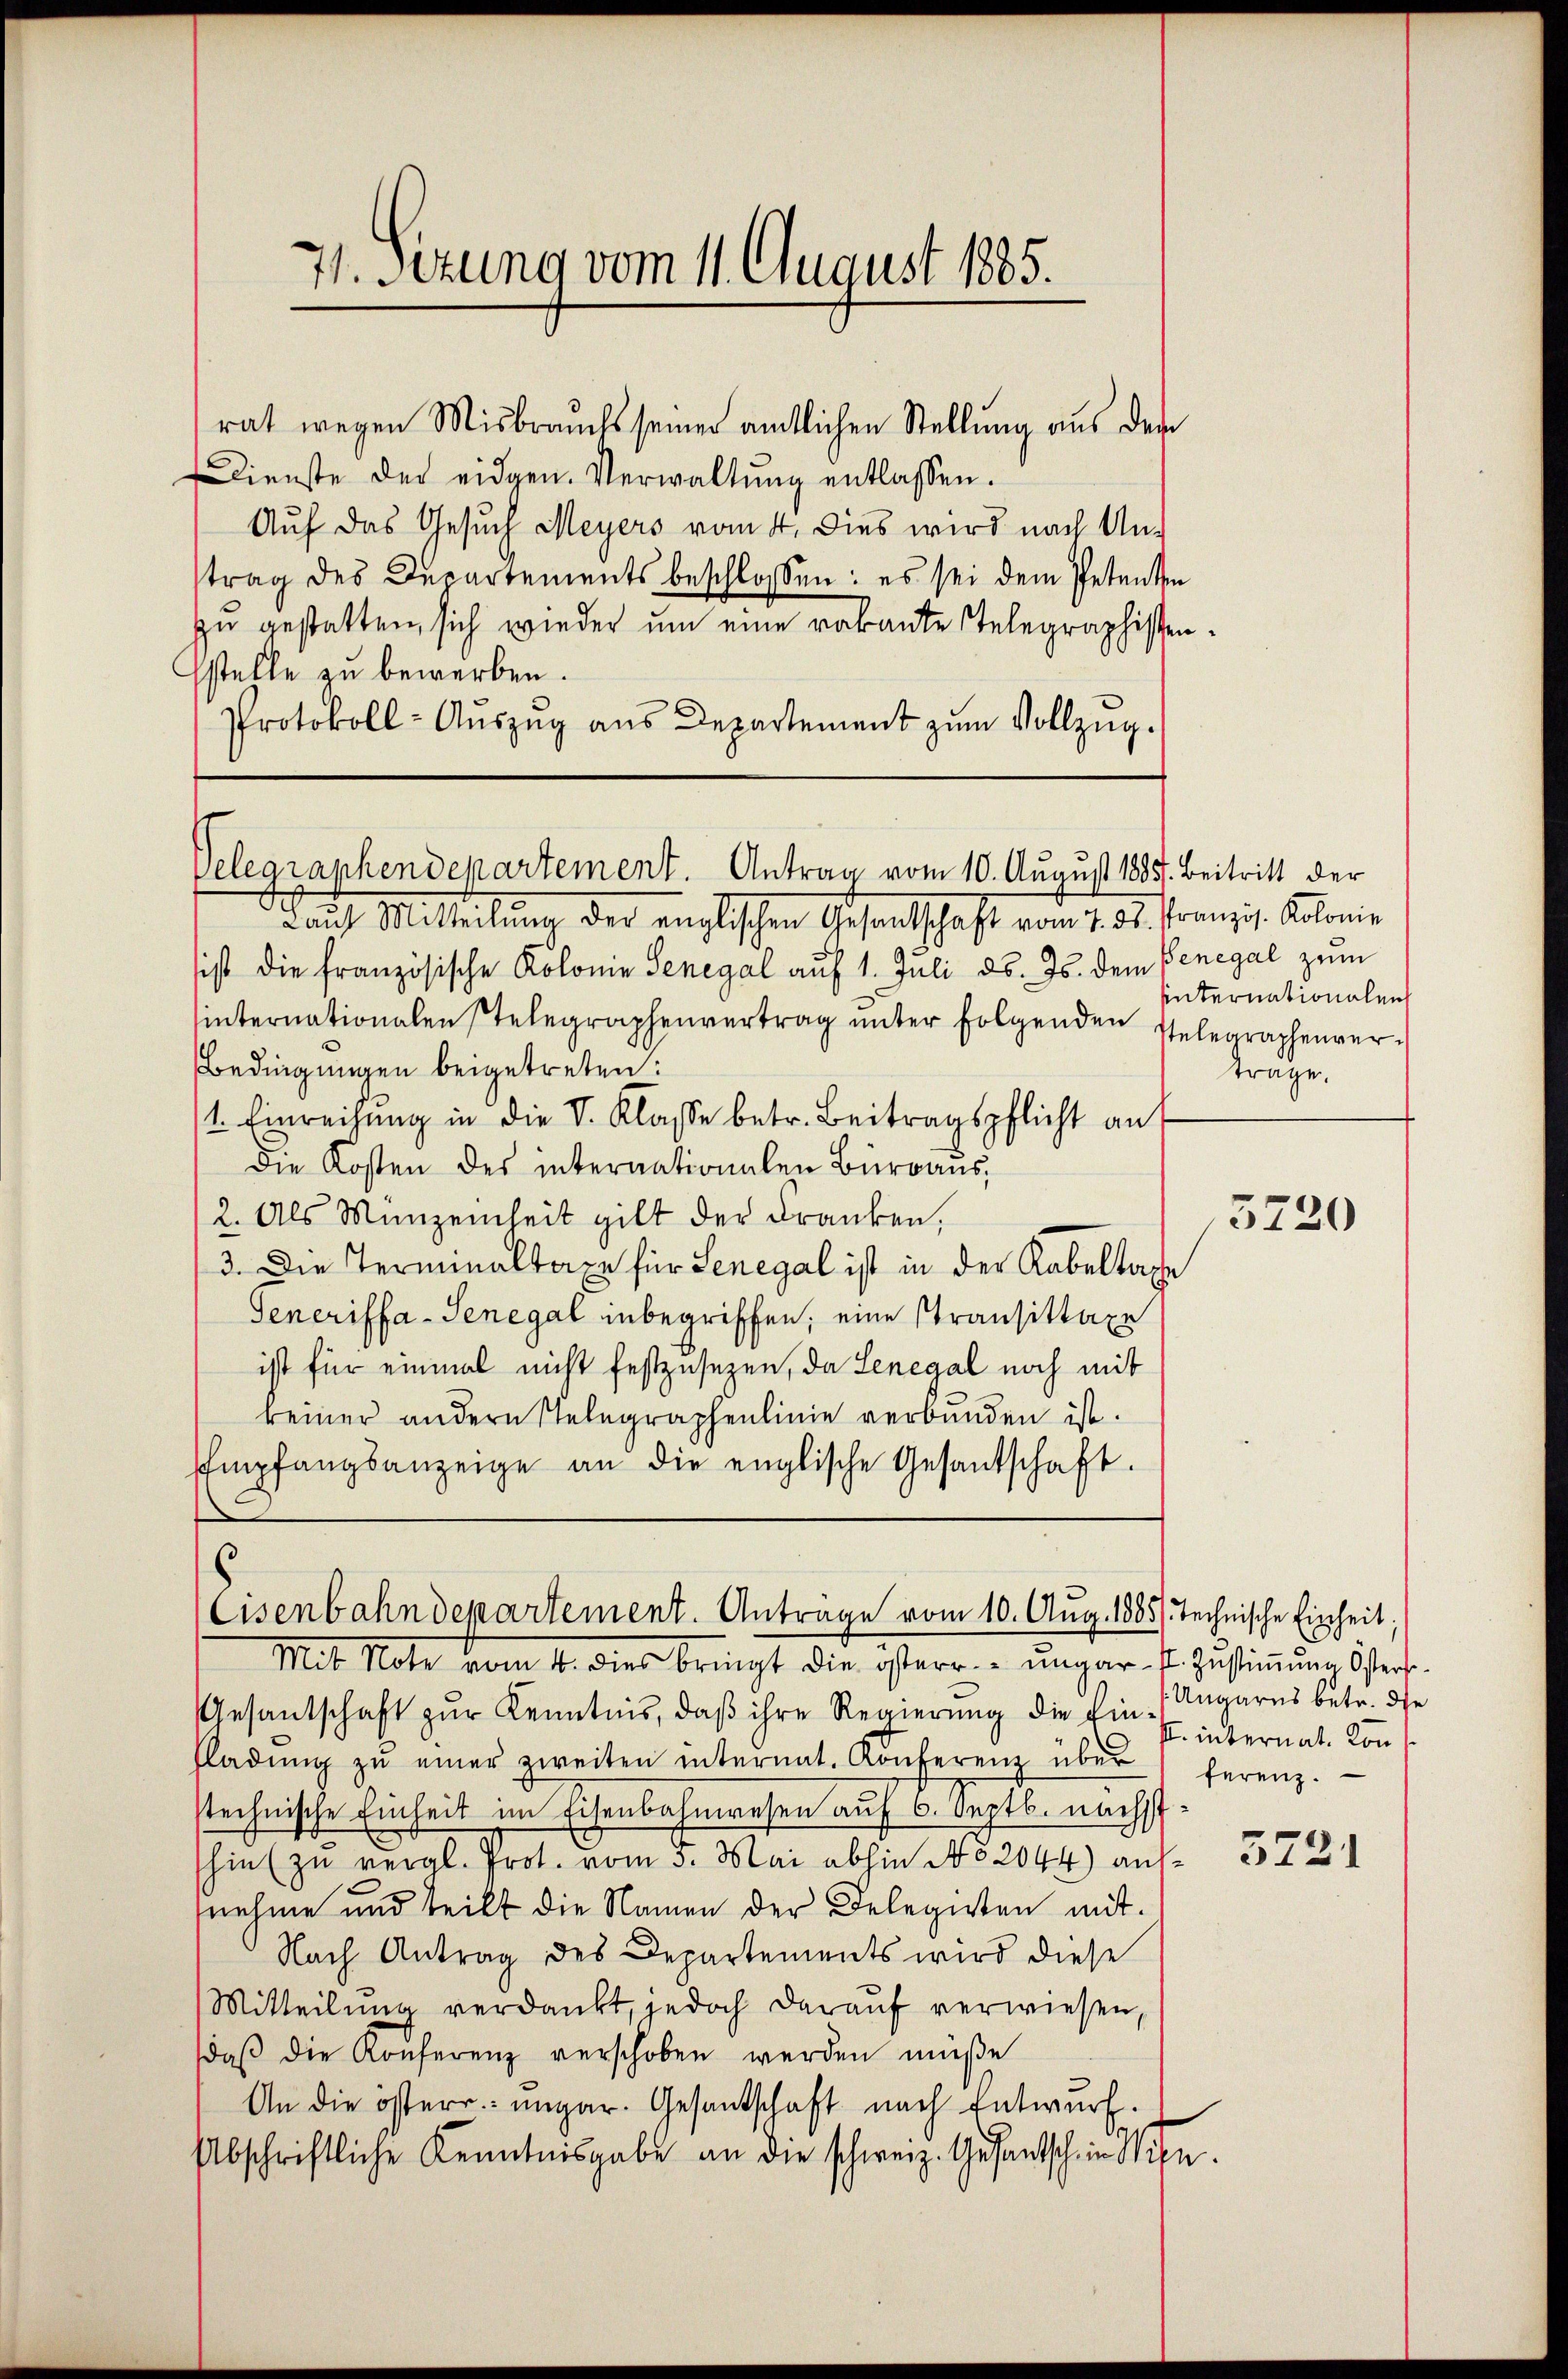
rat wegen Misbrauchs seiner amtlichen Stellung aus der
dienste der eidgen. Verwaltŭng entlassen.
Auf das Gesuch Meyers vom 4. dies wird nach Untrag des Departements beschlossen: es sei dem Petenten
zu gestatten, sich wieder um eine vakante Telegraphistenstelle zu bewerben.
Protokoll- Auszug aus Departement zum Vollzug.

71. Situng vom 11. August 1885.

Laŭf Mitteilŭng der englischen Gesandschaft vom 7. ds. französ. Kolonie
sist die französische Kolonie Senegal auf 1. Juli d. Js. dem Penegal zŭm
internationalen stelegraphenvertrag unter folgenden Telegraphenver¬
Bedingungen beigetreten:
1. Einreichung in die V. Klasse betr. Beitragspflicht an
Die Kosten des internationalen Büreaŭs,
2. Als Münzenheit gilt der dranken,
3. Die Terminaltaxe für Senegal ist in der Rabeltache
Generiffa-Senegal inbegriffen; eine Stransittage
ist für einmal nicht festzusehen, da Lenegal noch mit
keiner andern Telegraphenlinie verbunden ist.
Empfangsanzeige an die englische Gesantschaft.

Velegraphendepartement. Antrag vom 10. August 1885. Beitritt der

Cisenbahndepartement. Antrage vom 10. Aug. 1885). Technische Einheit.
Mit Note vom 4. dies bringt die österr.-ungar. V. Zustimmung sters.

hinternationalen
träge.

Gesandtschaft zur Kenntnis, daß ihre Regierung die Ein Ungarns betr. die
Fladŭng zŭ einer zweiten internat. Konferenz über ferenz.
stechnische Einheit im Eisenbahnwesen auf 6. Septb. nächst
hin zu vergl. Prot. vom 3. Mai abhin No 2044) aufnehme und teilt die Namen der Delegieten mit
Nach Antrag des Departements wird diese
Mitteilung verdankt, jedoch darauf verwiesen,
daβ die Konferenz verschoben werden müße
An die österr. ungar. Gesantschaft nach Entwurf.
Abschriftliche Kenntnisgabe an die schweiz. Gesantschein ihn.

5720

I. internat. Kon¬

5221